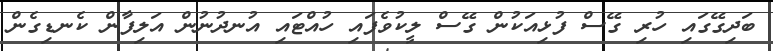
ބަދިގޭގައި ހުރި ގޭސް ފުޅިއަކުން ގޭސް ލީކުވެފައި ހުއްޓައި އުނދުނުން އަލިފާން ކެނޑިގެން